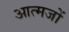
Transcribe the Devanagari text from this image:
आत्मजों